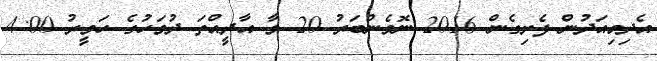
އެދިމިއަދުން ފެށިގެން 2016 ނޮވެންބަރު 20 ވާ އާދީއްތަ ދުވަހުގެ ހަވީރު 4:00